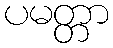
ပမတ္တာ